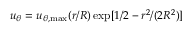
u _ { \theta } = u _ { \theta , \operatorname* { m a x } } ( r / R ) \exp [ 1 / 2 - r ^ { 2 } / ( 2 R ^ { 2 } ) ]